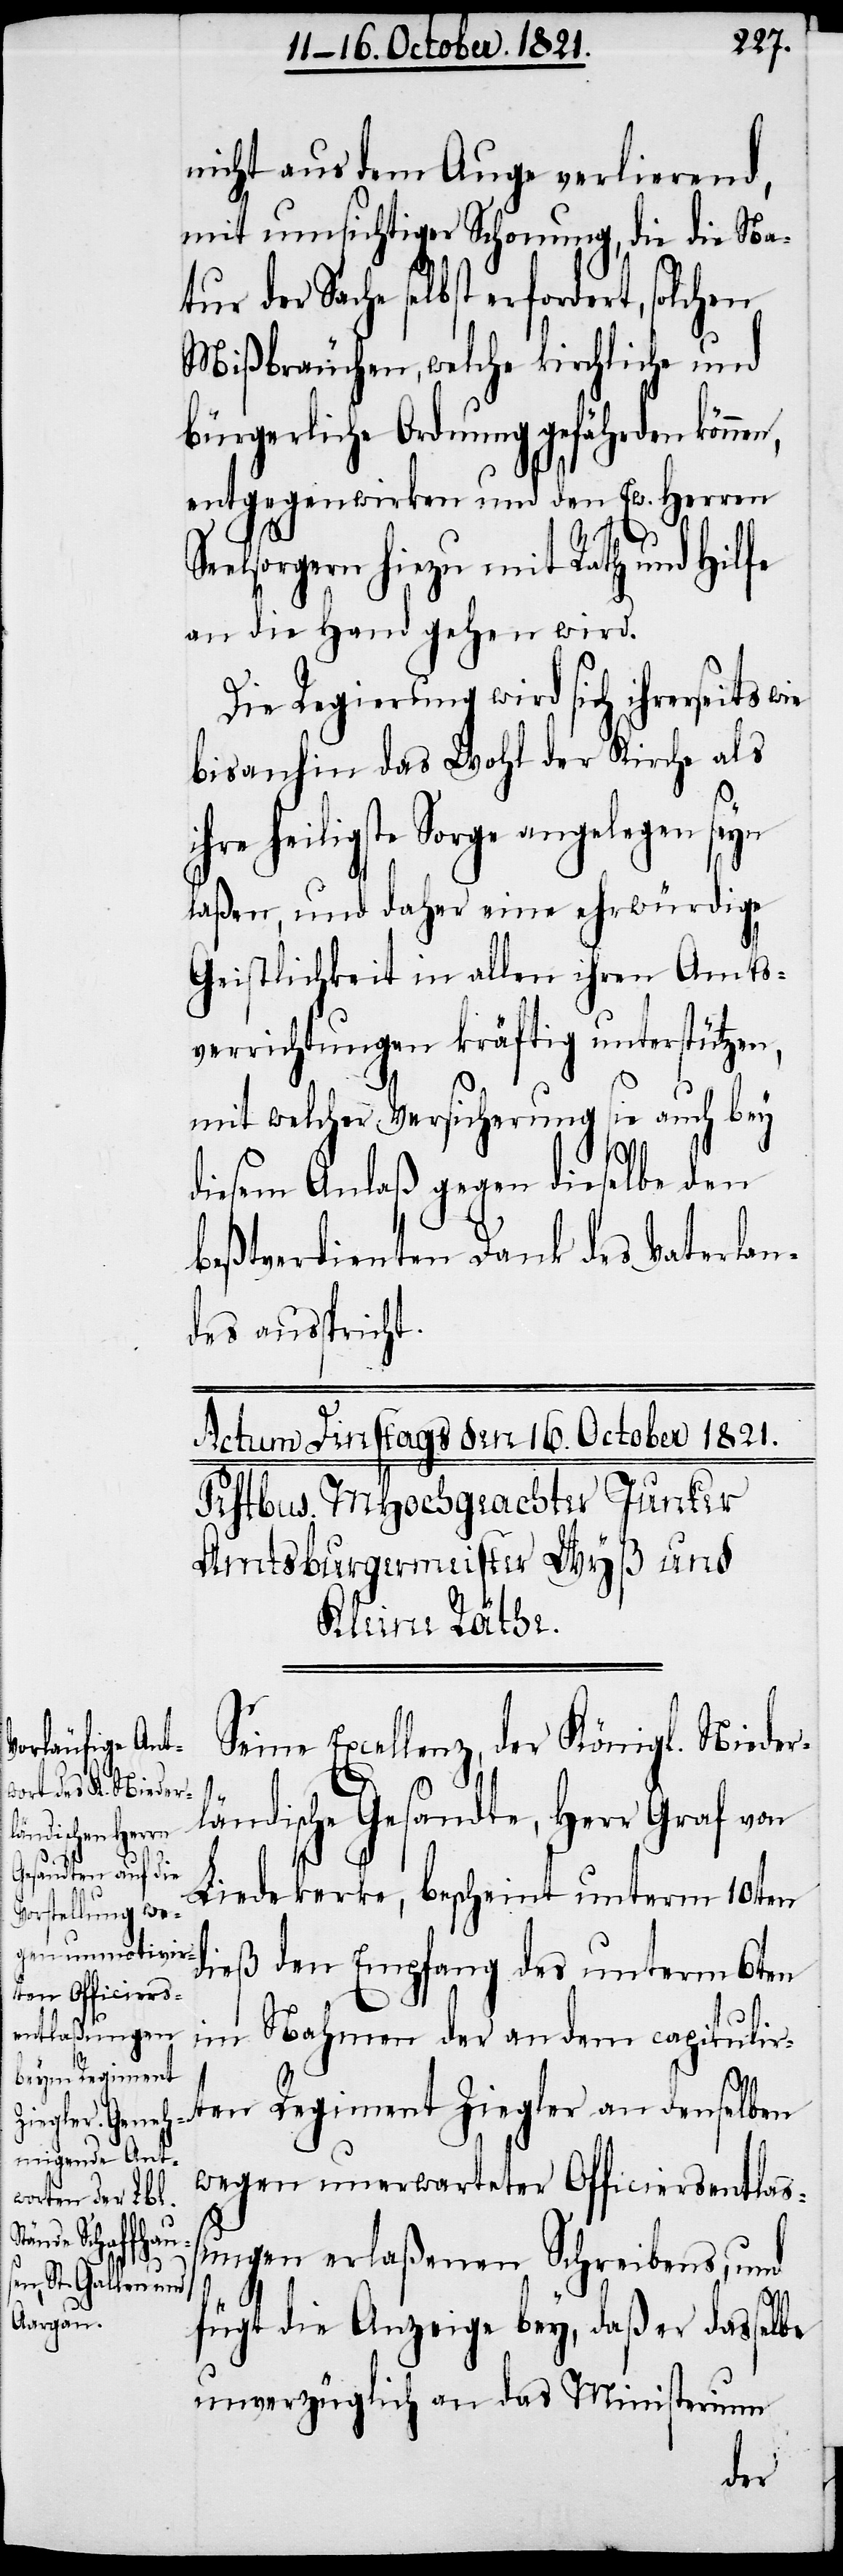
dert, solchen

nicht aus dem Auge verlierend,
mit umsichtiger Schonung, die die Nat¬
Mißbräuchen, welche kirchliche und
bürgerliche Ordnung gefährden könne¬
entgegenzuwirken und den Ew. Herren
Seelsorgern hiezu mit Rath und Hilfe
an die Hand gehen wird.
Die Regierung wird sich ihrerseits wie
bis anhin das Wohl der Kirche als
ihre heiligste Sorge angelegen seyn
laßen, und daher eine ehrwürdige
Geistlichkeit in allen ihren Amts¬
verrichtungen kräftig unterstützen,
mit welcher Versicherung dieselbe den
beßtverdienten Dank des Vaterlan¬
des ausspricht.
Seine Excellenz, der Königl. Nieder¬
ländische Gesandte, Herr Graf von
Liedekerke, bescheint unterm 10ten
dieß den Empfang des unterm 6ten
im Nahmen der an dem capitulir¬
ten Regiment Ziegler an denselben
wegen unerwarteter Officiersentlaß¬
ungen erlaßenen Schreibens, und
n,
fügt die Anzeige bey, daß er dasselbe
unverzüglich an das Ministerium